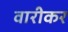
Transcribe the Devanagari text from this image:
वारीकर